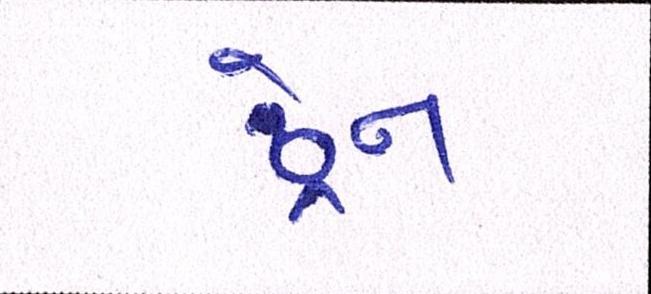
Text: ડ્રેન